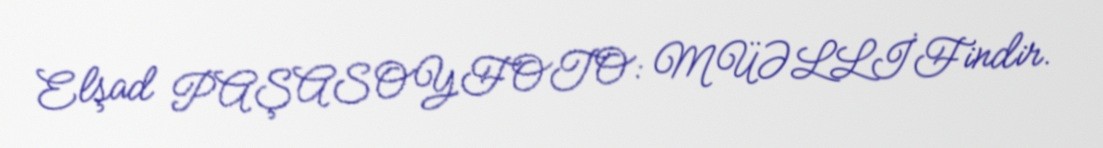
Elşad PAŞASOYFOTO: MÜƏLLİFindir.